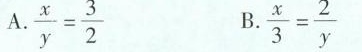
A.$$\frac { x } { y } = \frac { 3 } { 2 }$$ B. $$\frac { x } { 3 } = \frac { 2 } { y }$$